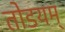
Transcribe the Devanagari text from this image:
तोडयम्